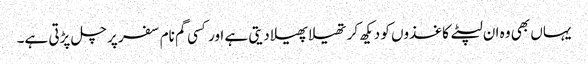
یہاں بھی وہ ان لپٹے کاغذوں کو دیکھ کر تھیلا پھیلا دیتی ہے اور کسی گم نام سفر پر چل پڑتی ہے۔